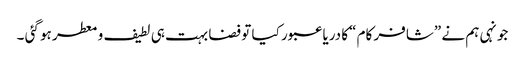
جونہی ہم نے ”شافر کام “کا دریا عبور کیا تو فضا بہت ہی لطیف و معطر ہو گئی ۔